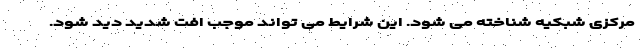
مرکزی شبکیه شناخته می شود. این شرایط می تواند موجب افت شدید دید شود.